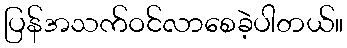
ပြန်အသက်ဝင်လာစေခဲ့ပါတယ်။